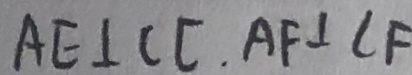
A E \bot C C , A F \bot C F